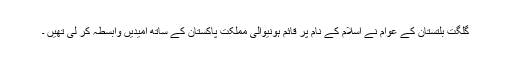
گلگت بلتستان کے عوام نے اسلام کے نام پر قائم ہونیوالی مملکت پاکستان کے ساتھ امیدیں وابسطہ کر لی تھیں ۔